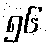
၅၆